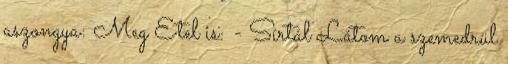
aszongya: Meg Etel is: - Sírtál Látom a szemedrül